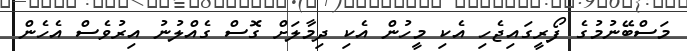
މަސްބޭނުމުގެ ފޯރީގައިޖެހި އެކި މީހުން އެކި ދިމާލަށް ގޮސް ގެއްލުނު އިރުވެސް އެހެން